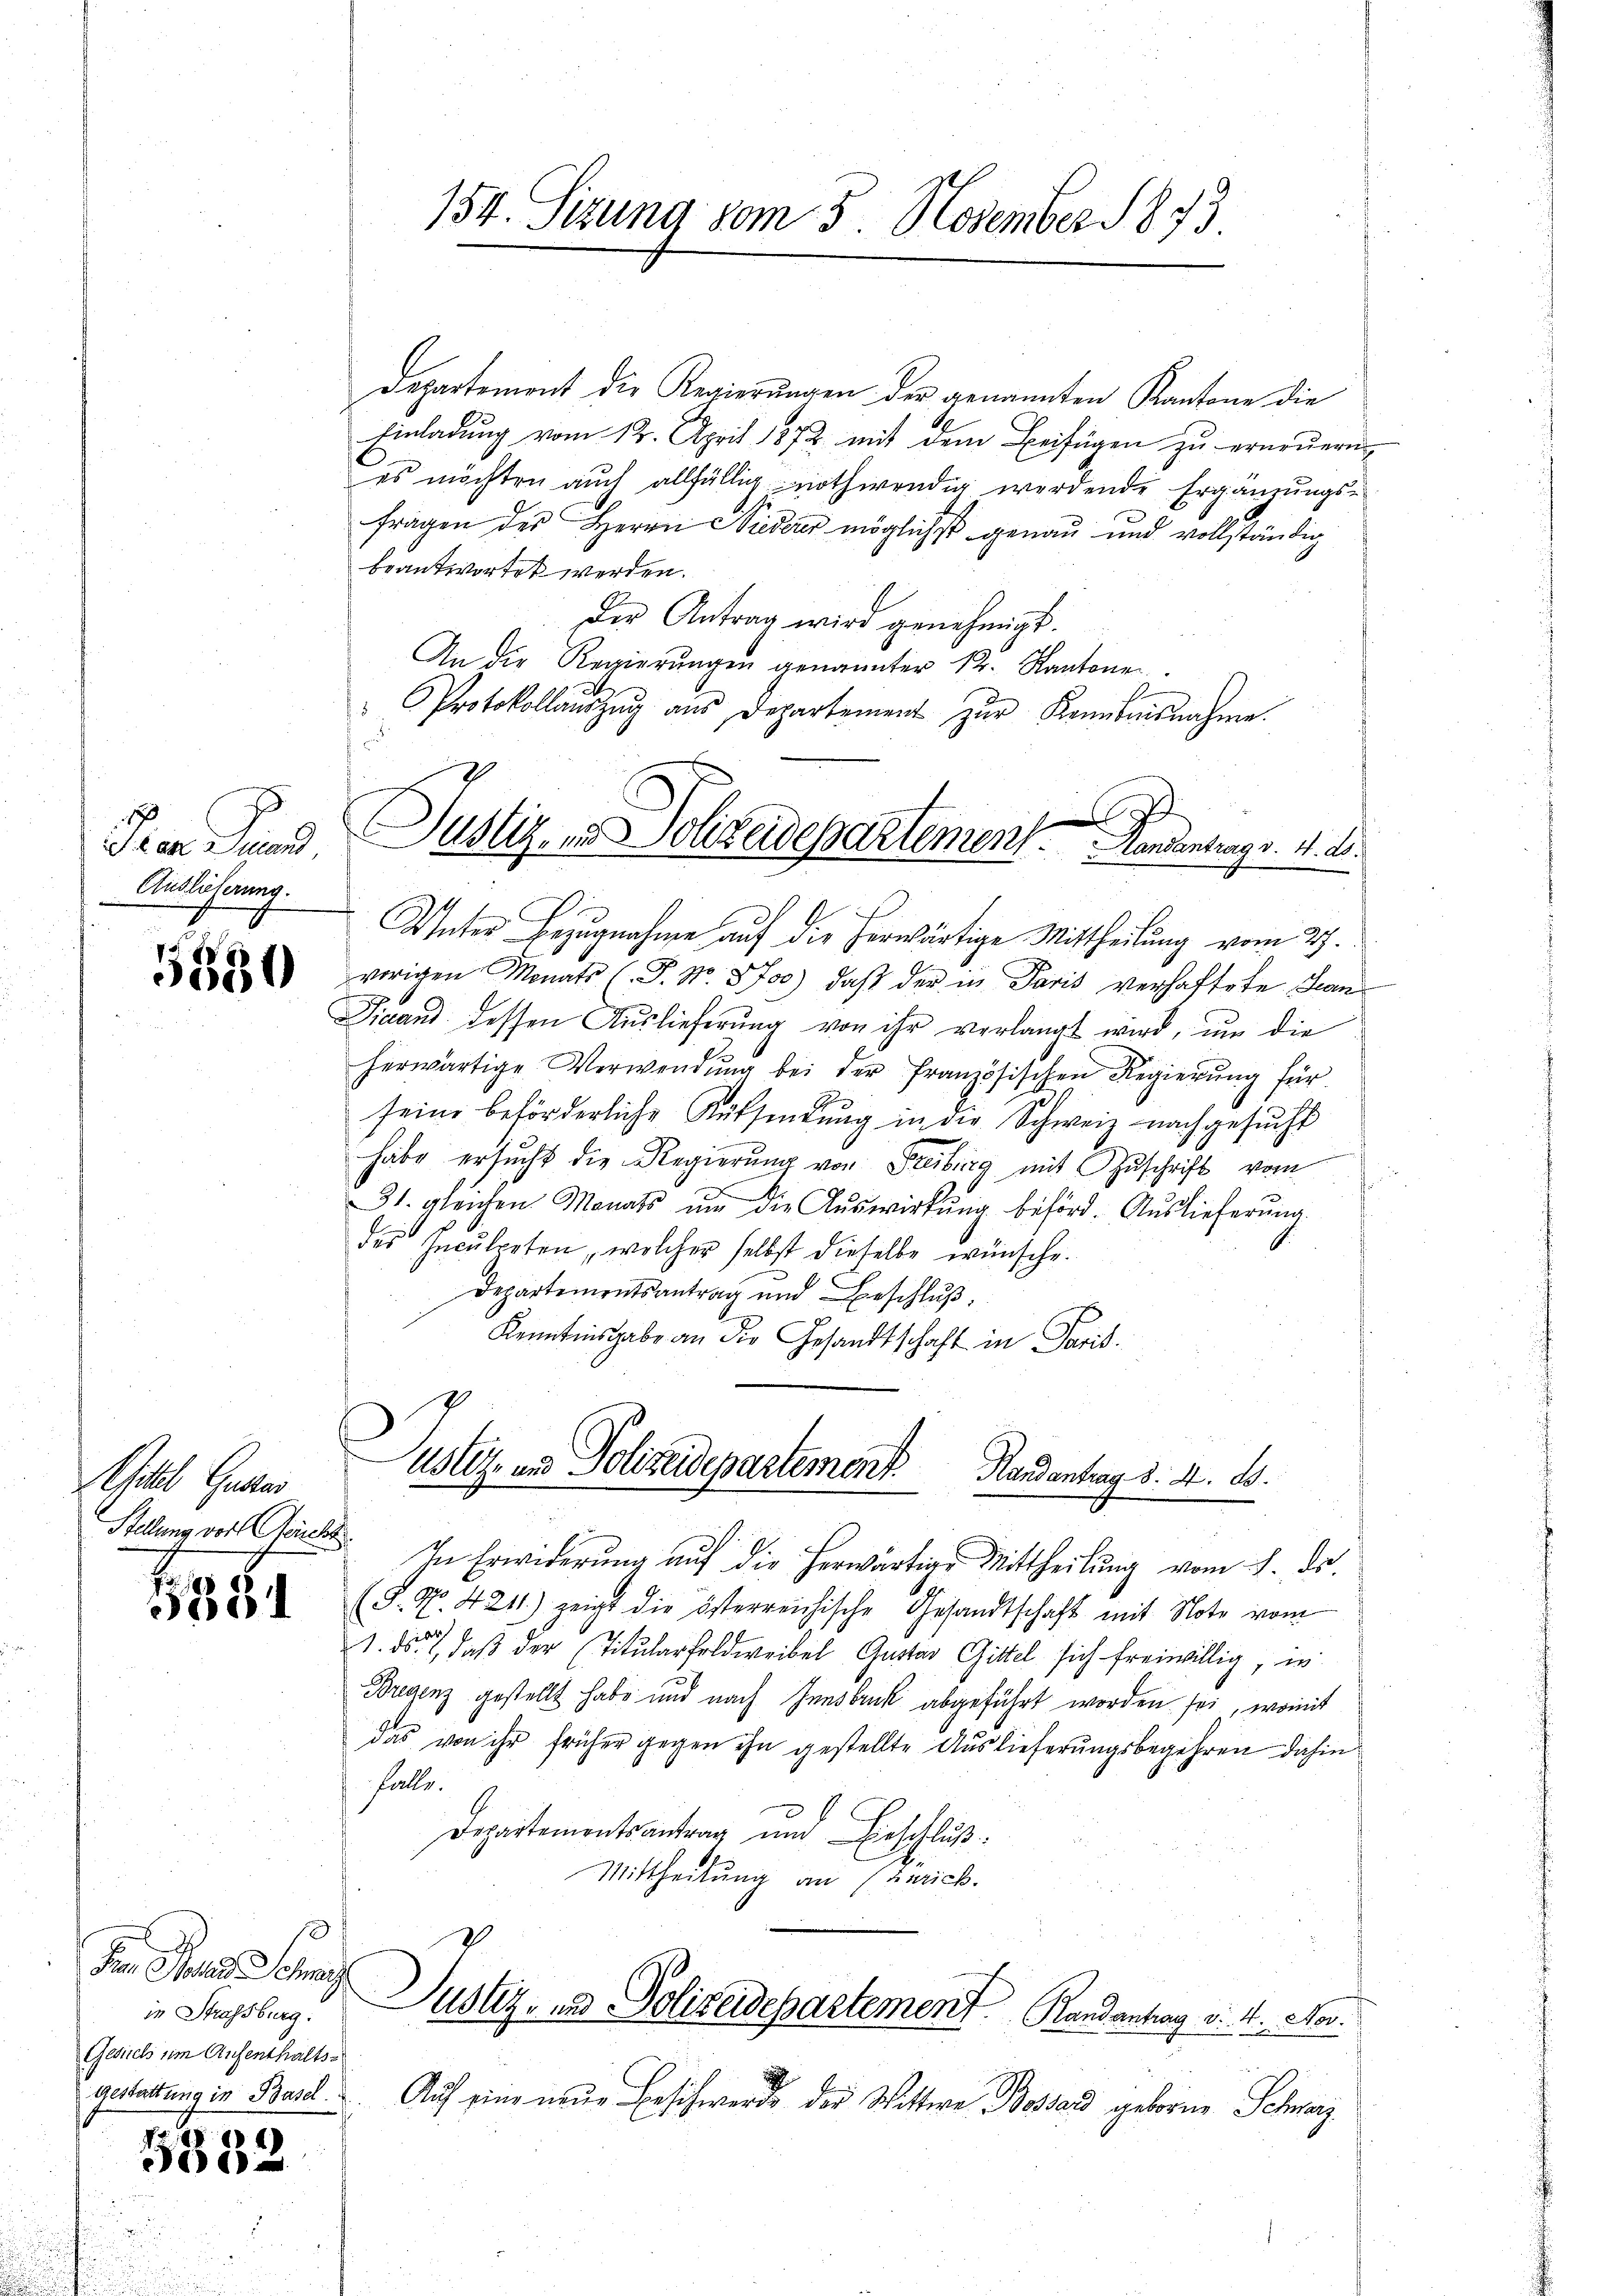
Der Grund
Auslieferung.

Gatel Gelter
Stellung vor Reicht

1331

F. Der Gna
in Strassburg.
Gesich um Aufenthaltsgestattung in Basel.

5332

Departement die Regierungen der genannten Kantone die
Einladung vom 12. April 1872 mit dem Beifügen zu erneuern
es möchten auch allfällig nothwendig werdende Ergänzungsfragen des Herrn Niederer möglichst genau und vollständig
beantwortet werden.
Der Antrag wird genehmigt.
An die Regierŭngen genannter Sr. Kantone
d
" Protokollaŭszŭg ans Departement zŭr Kenntnisnahme.
Unter Bezugnahme auf die herwärtige Mittheilung vom 27.
 vorigen Monats (T. No. 3700), daß der in Paris verhaftete Lan¬
Finand dessen Auslieferung von ihr verlangt wird, um die
herwärtige Verwendŭng bei der französischen Regierŭng für
seine beförderliche Aufsandŭng in die Schweiz nachgesucht
habe ersucht die Regierung von Freiburg mit Zuschrift vom
31. gleichen Monats ŭm die Aŭswirkŭng beförd. Auslieferŭng.
des Inculpaten, welcher selbst dieselbe wünsche.
Departementsantrag und Beschluß
Kenntnisgabe an die Gesandtschaft in Paris.

154. Sitzung vom 3. November 1873

|
Justiz- und Schreidepartement. Handantung v. 4. ds.
i
.
C

ustiz- und Polizeidepartement
Handantrag d. 4. ds.
In Erwiderung auf die herwärtige Mittheilung vom 8. ds.

(S. Nr. 4211) zeigt die österreichische Gesandtschaft mit Note vom
1. ds., daß der Titularfeldweibel Gustav Gittel sich freiwillig, in
Bregenz gestellt habe und nach Innsbruck abgeführt worden sei, womit
das von ihr früher gegen ihn gestellte Auslieferungsbegehren dahin
Falle.
Departementsantrag und Beschluß:
Mittheilung an (Zürich.
Justiz- & Polizeidepartement Randantrag v. 11. Nov.
Auf eine neue Beschwerde der Wittwe Bossard geborne Schwarz